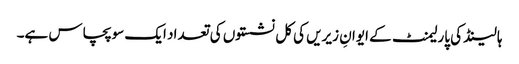
ہالینڈ کی پارلیمنٹ کے ایوانِ زیریں کی کل نشستوں کی تعداد ایک سو پچاس ہے۔